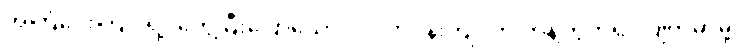
အကြံပေးကြပါရဲ့၊ တွေ့ပြီးပြောသော်လဲ ပတ်ဝန်းကျင်က ကန့်ကွက်ရင် ပျက်မှာမို့